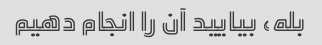
بله، بیایید آن را انجام دهیم